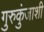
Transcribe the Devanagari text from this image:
गुरुकुंजाशी